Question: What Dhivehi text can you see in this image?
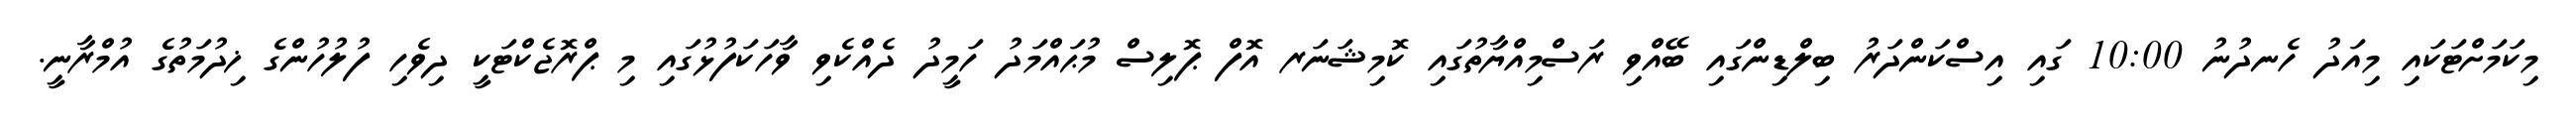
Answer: މިކަމަށްޓަކައި މިއަދު ހެނދުނު 10:00 ގައި އިސްކަންދަރު ބިލްޑިންގައި ބޭއްވި ރަސްމިއްޔާތުގައި ކޮމިޝަނަރ އޮފް ޕޮލިސް މުޙައްމަދު ހަމީދު ދެއްކެވި ވާހަކަފުޅުގައި މި ޕްރޮޖެކްޓަކީ ދިވެހި ފުލުހުންގެ ޚިދުމަތުގެ އުމްރާނީ.